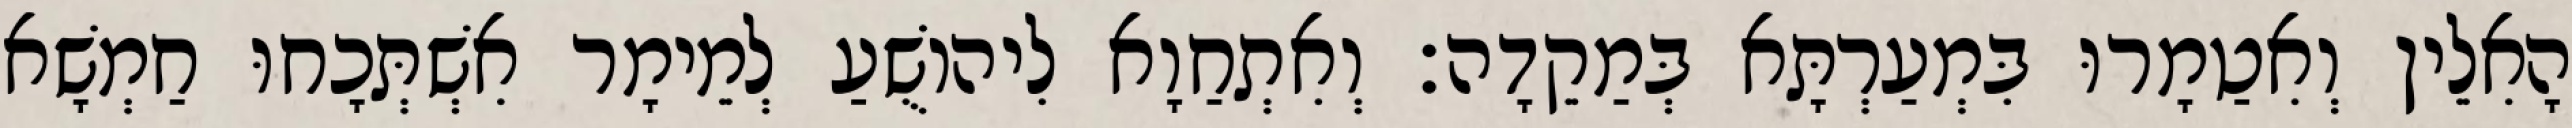
הָאִלֵין וְאִטַמָרוּ בִּמְעַרְתָּא בְּמַקֵדָה׃ וְאִתְחַוָא לִיהוֹשֻׁעַ לְמֵימָר אִשְׁתְּכָחוּ חַמְשָׁא